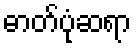
ဓာတ်ပုံဆရာ